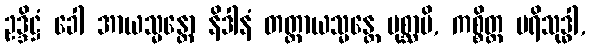
ဥဒ္ဒိဋ္ဌံ ခေါ အာယသ္မန္တော နိဒါနံ တတ္ထာယသ္မန္တေ ပုစ္ဆာမိ, ကစ္စိတ္ထ ပရိသုဒ္ဓါ,